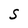
Character: S